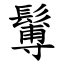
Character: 䰊